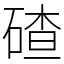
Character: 碴